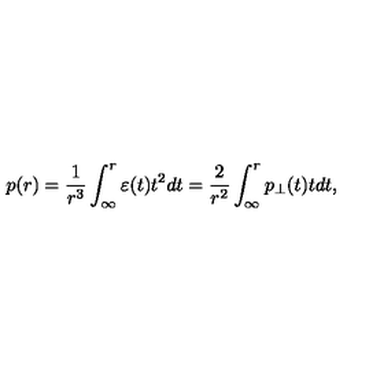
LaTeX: p ( r ) = \frac { 1 } { r ^ { 3 } } \int _ { \infty } ^ { r } { \varepsilon ( t ) t ^ { 2 } d t } = \frac { 2 } { r ^ { 2 } } \int _ { \infty } ^ { r } { p _ { \perp } ( t ) t d t } ,